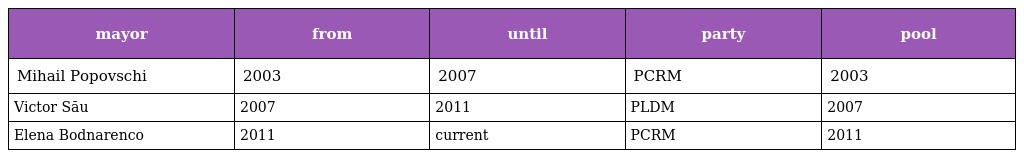
| mayor | from | until | party | pool |
 | --- | --- | --- | --- | --- |
 | Mihail Popovschi | 2003 | 2007 | PCRM | 2003 |
 | Victor Său | 2007 | 2011 | PLDM | 2007 |
 | Elena Bodnarenco | 2011 | current | PCRM | 2011 |